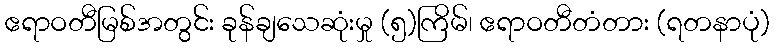
ဧရာဝတီမြစ်အတွင်း ခုန်ချသေဆုံးမှု (၅)ကြိမ်၊ ဧရာဝတီတံတား (ရတနာပုံ)